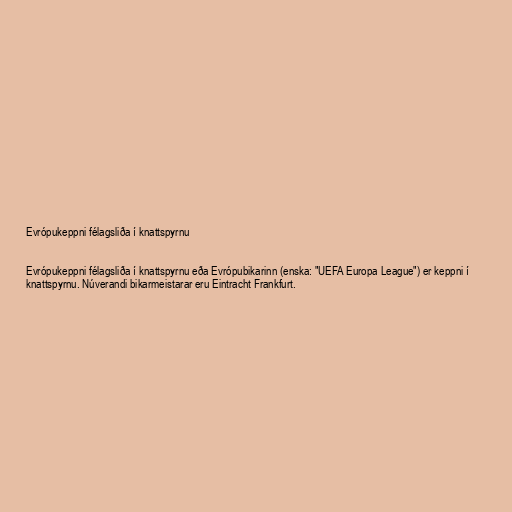
Evrópukeppni félagsliða í knattspyrnu

Evrópukeppni félagsliða í knattspyrnu eða Evrópubikarinn (enska: "UEFA Europa League") er keppni í
knattspyrnu. Núverandi bikarmeistarar eru Eintracht Frankfurt.